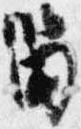
留